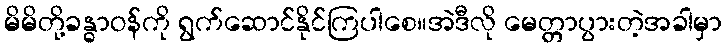
မိမိတို့ခန္ဓာဝန်ကို ရွက်ဆောင်နိုင်ကြပါစေ။အဲဒီလို မေတ္တာပွားတဲ့အခါမှာ